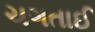
ચગતાઈ